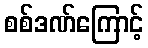
စစ်ဒဏ်ကြောင့်